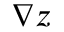
\nabla z